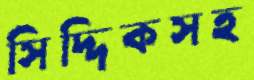
সিদ্দিকসহ